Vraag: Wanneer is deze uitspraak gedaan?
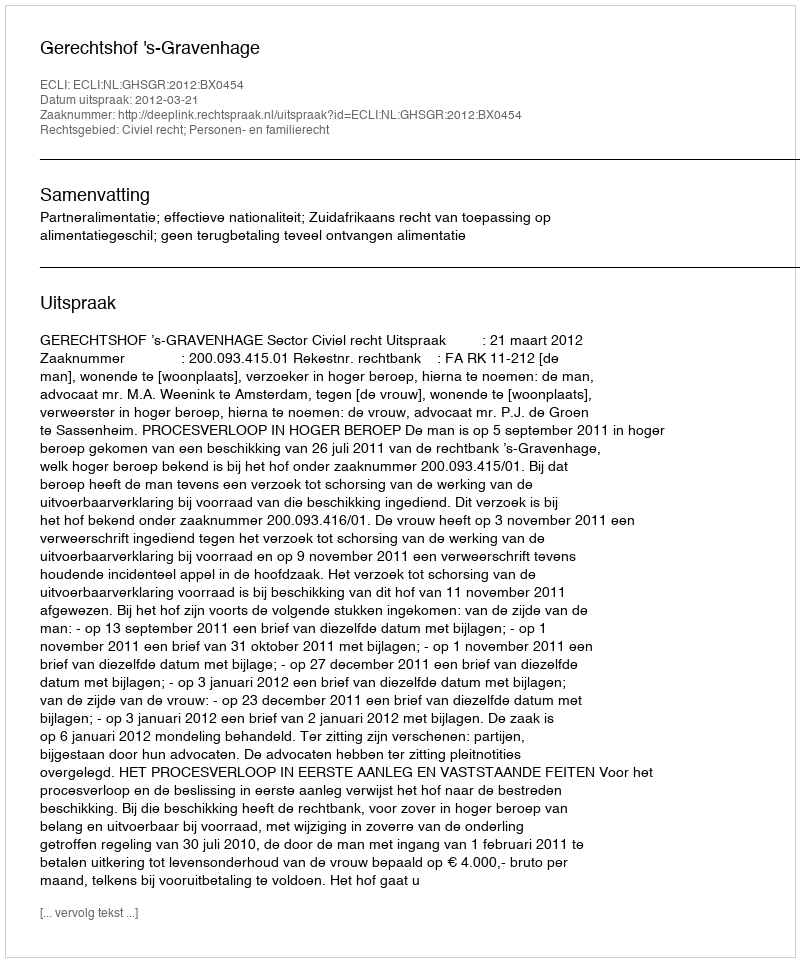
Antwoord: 2012-03-21